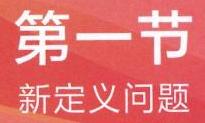
第一节
新定义问题